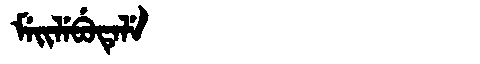
Manchu: ᠮᡝᡳᠯᡝᠪᡠᡨᡝᠯᡝ
Romanization: MEILEBUTELE